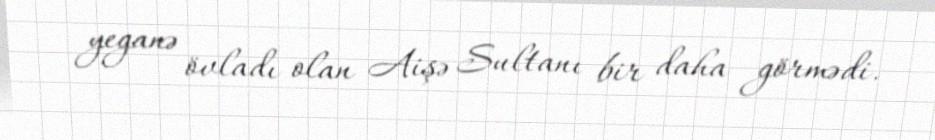
yeganə övladı olan Aişə Sultanı bir daha görmədi.